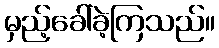
မှည့်ခေါ်ခဲ့ကြသည်။